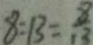
8 : 1 3 = \frac { 8 } { 1 3 }